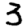
Digit: 3